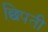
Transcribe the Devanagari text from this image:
छिपती